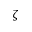
\zeta